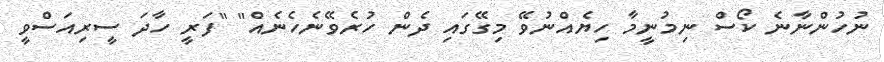
ނުހުންނާނެ ކޯސް ނިމުނީމާ ހިޔެއްނުވޭ މިގޭގައި ދެން ހުރެވޭނެހެނެއް" "ފަރީ ހާދަ ސީރިއަސްވީ